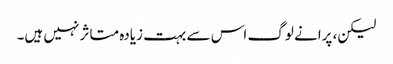
لیکن، پرانے لوگ اس سے بہت زیادہ متاثر نہیں ہیں۔